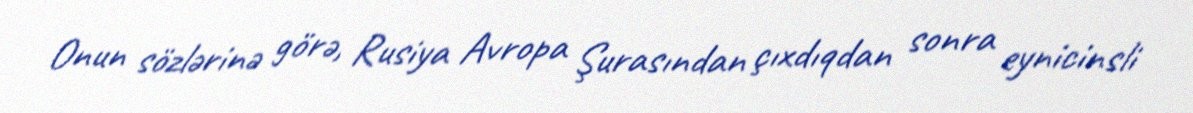
Onun sözlərinə görə, Rusiya Avropa Şurasından çıxdıqdan sonra eynicinsli